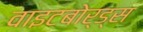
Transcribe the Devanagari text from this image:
वाइटबोर्ड्स